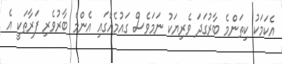
އެކަމަކު ކިތަންމެ ބާރުގަދަ ވެރިޔަކު ނަމަވެސް ގައުމެއްގައި އެންމެ ބާރުވެރި ފަރާތަކީ އެ